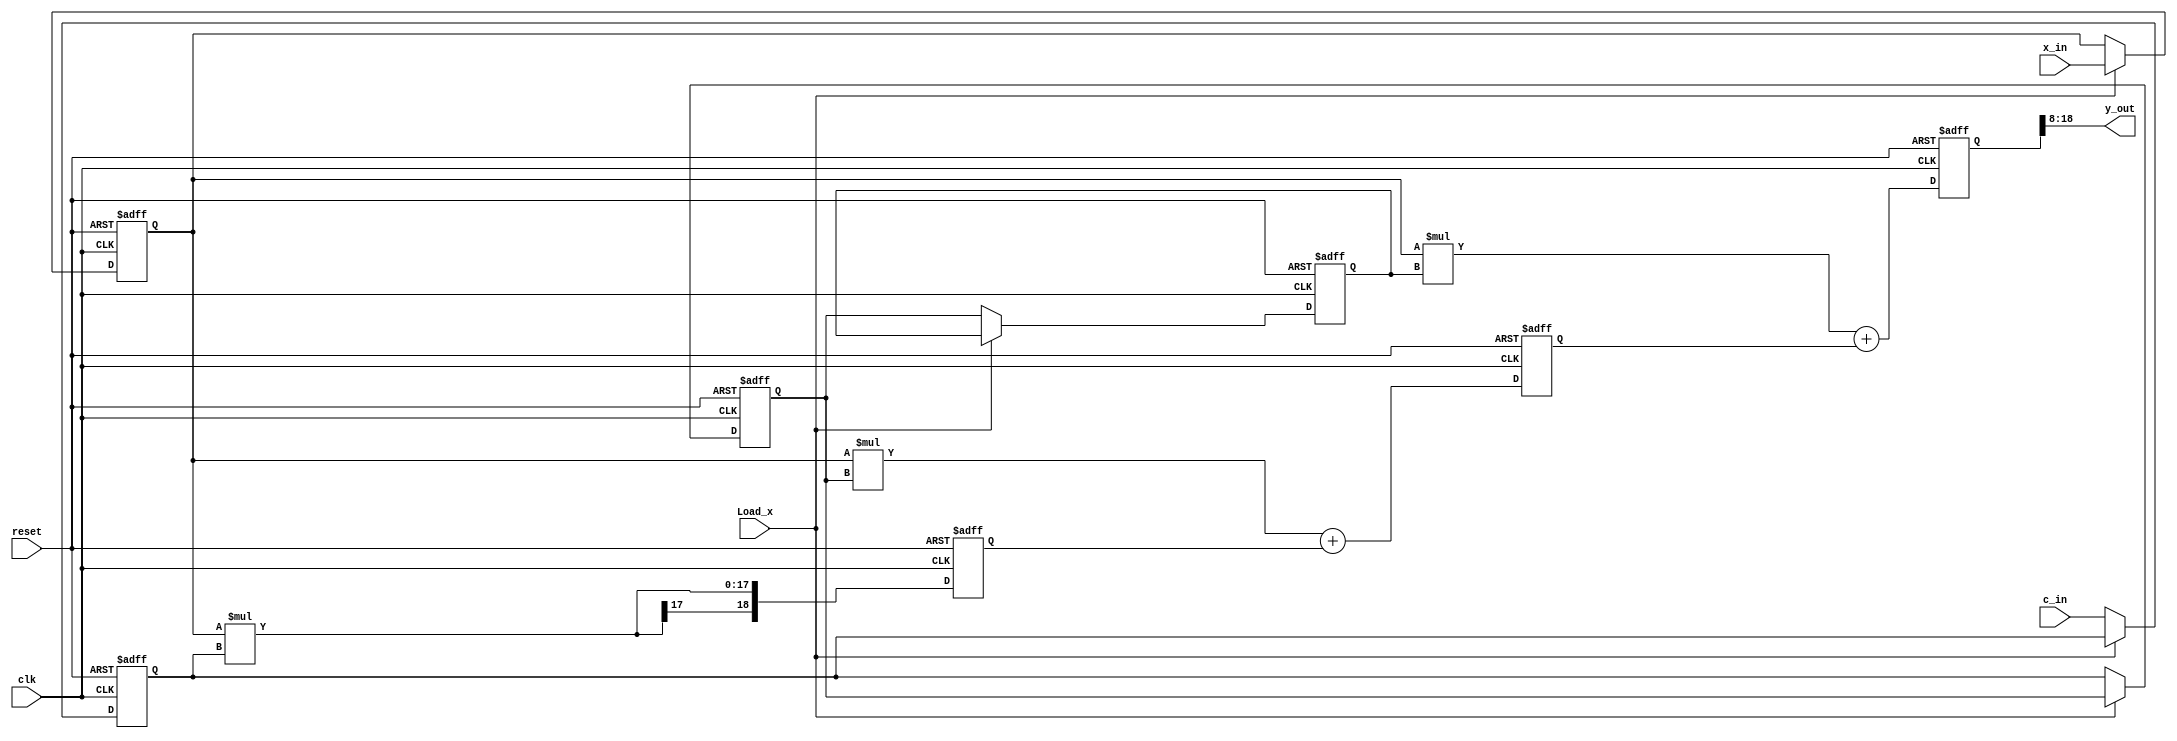
`timescale 1ns / 1ps
//////////////////////////////////////////////////////////////////////////////////
// Company: 
// Engineer: 
// 
// Design Name: 
// Module Name:    FIR_Filter 
// Project Name: 
// Target Devices: 
// Tool versions: 
// Description: 
//
// Dependencies: 
//
// Revision: 
// Revision 0.01 - File Created
// Additional Comments: 
//
//////////////////////////////////////////////////////////////////////////////////
// This is a generic FIR filter generator
// It uses W1 bit data/coefficients bits
module FIR_Filter
#(parameter W1 = 9, // Input bit width
W2 = 18, // Multiplier bit width 2*W1
W3 = 19, // Adder width = W2+log2(L)-1
W4 = 11, // Output bit width
L = 4) // Filter length
(input clk, // System clock
input reset, // Asynchronous reset
input Load_x, // Load/run switch
input signed [W1-1:0] x_in, // System input
input signed [W1-1:0] c_in, //Coefficient data input
output signed [W4-1:0] y_out); // System output
// --------------------------------------------------------
reg signed [W1-1:0] x;
wire signed [W3-1:0] y;
// 1D array types i.e. memories supported by Quartus
// in Verilog 2001; first bit then vector size
reg signed [W1-1:0] c [0:3]; // Coefficient array
wire signed [W2-1:0] p [0:3]; // Product array
reg signed [W3-1:0] a [0:3]; // Adder array
//----> Load Data or Coefficient
always @(posedge clk or posedge reset)
begin: Loads
integer k; // loop variable
if (reset) begin // Asynchronous clear
for (k=0; k<=L-1; k=k+1) c[k] <= 0;
x <= 0;
end else if (! Load_x) begin
c[2] <= c_in; // Store coefficient in register
c[1] <= c[2]; // Coefficients shift one
c[0] <= c[1];
end else
//814 Verilog Code
x <= x_in; // Get one data sample at a time
end
//----> Compute sum-of-products
always @(posedge clk or posedge reset)
begin: SOP
// Compute the transposed filter additions
integer k; // loop variable
if (reset) // Asynchronous clear
for (k=0; k<=3; k=k+1) a[k] <= 0;
else begin
a[0] <= p[0] + a[1];
a[1] <= p[1] + a[2];
a[2] <= p[2]; // First TAP has only a register
end
end
assign y = a[0];
genvar I; //Define loop variable for generate statement
generate
for (I=0; I<L; I=I+1) begin : MulGen
// Instantiate L multipliers
assign p[I] = x * c[I];
end	
endgenerate
assign y_out = y[W3-1:W3-W4];
endmodule